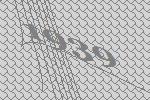
1939